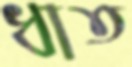
ধাত